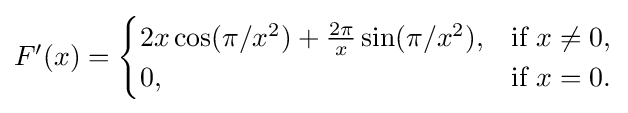
{\textstyle F'(x)={\begin{cases}2x\cos(\pi /x^{2})+{\frac {2\pi }{x}}\sin(\pi /x^{2}),&{\text{if }}x\neq 0,\\0,&{\text{if }}x=0.\end{cases}}}